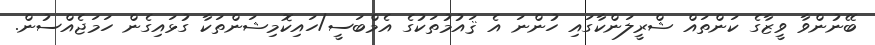
ބޭނުންވާ ވީޒާގެ ކަންތައް ޝްރީލަންކާގައި ހުންނަ އެ ޤައުމުތަކުގެ އެމްބަސީ/ހައިކޮމިޝަންތަކާ ގުޅައިގެން ހަމަޖެއްސުން.